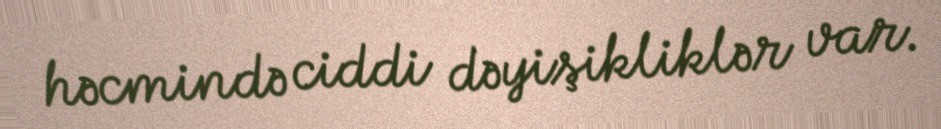
həcmində ciddi dəyişikliklər var.